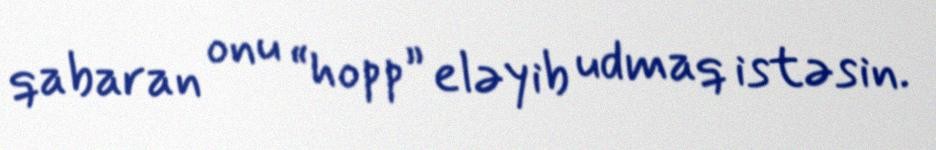
qabaran onu “hopp” eləyib udmaq istəsin.